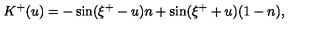
K ^ { + } ( u ) = - \sin ( \xi ^ { + } - u ) n + \sin ( \xi ^ { + } + u ) ( 1 - n ) ,